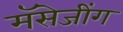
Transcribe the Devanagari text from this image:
मॅसेजींग